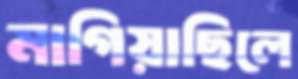
মাগিয়াছিলে